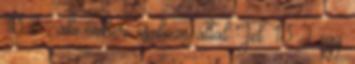
13:7 , aki emberi eszköze által Jel. 13:2 egy